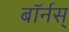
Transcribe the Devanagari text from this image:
बॉर्नस्